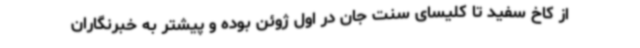
از کاخ سفید تا کلیسای سنت جان در اول ژوئن بوده و پیشتر به خبرنگاران